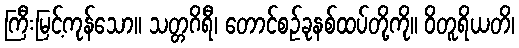
ကြီးမြင့်ကုန်သော။ သတ္တဂိရီ၊ တောင်စဉ်ခုနစ်ထပ်တို့ကို။ ဝိတူရိယတိ၊